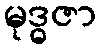
မုဒ္ဓဇာ